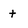
Character: t